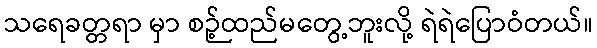
သရေခတ္တရာ မှာ စဉ့်ထည်မတွေ့ဘူးလို့ ရဲရဲပြောဝံတယ်။